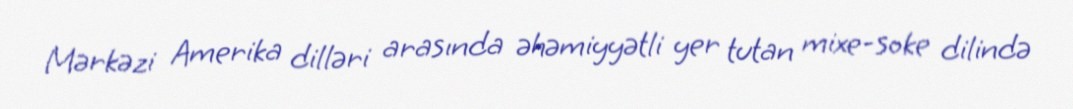
Mərkəzi Amerika dilləri arasında əhəmiyyətli yer tutan mixe-soke dilində